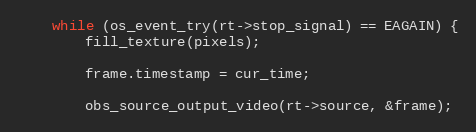
Language: C
	while (os_event_try(rt->stop_signal) == EAGAIN) {
		fill_texture(pixels);

		frame.timestamp = cur_time;

		obs_source_output_video(rt->source, &frame);